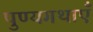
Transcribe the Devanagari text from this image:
पुण्यगथाएँ